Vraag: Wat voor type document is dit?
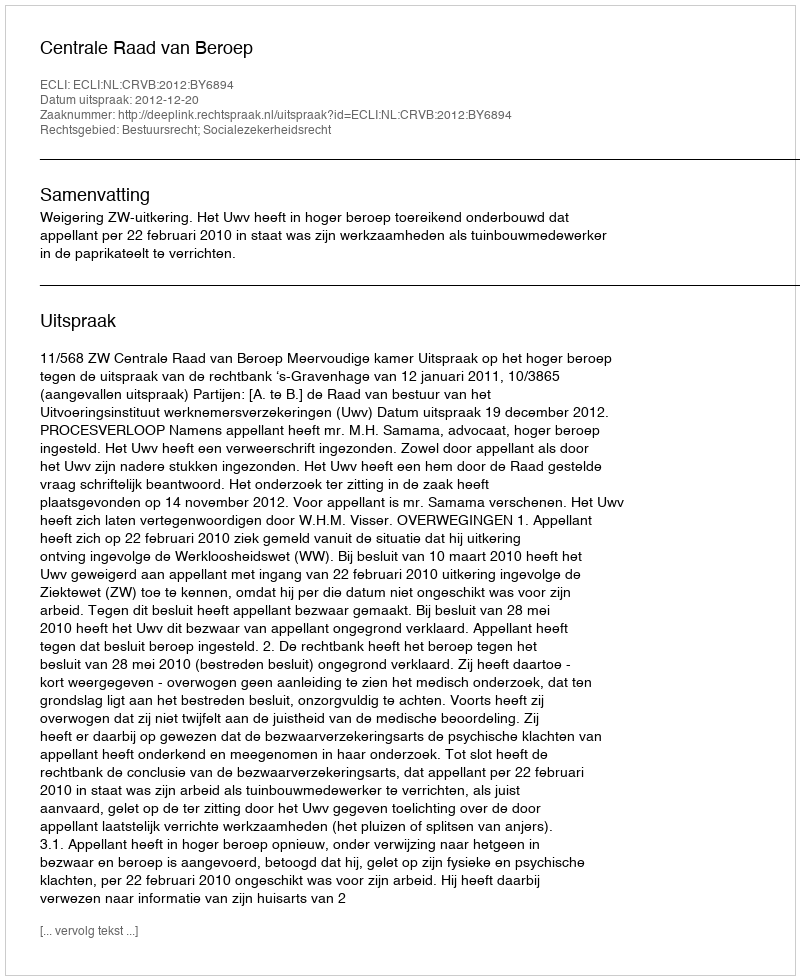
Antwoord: Uitspraak